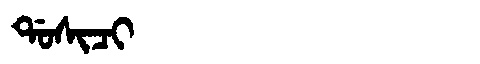
Manchu: ᡩᠣᠰᡳᠴᡳ
Romanization: DOSICI